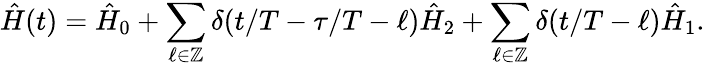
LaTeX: \hat{H}(t)=\hat{H}_{0}+\sum_{\ell\in\mathbb{Z}}\delta(t/T-\tau/T-\ell)\hat{H}_{2}+\sum_{\ell\in\mathbb{Z}}\delta(t/T-\ell)\hat{H}_{1}.